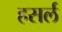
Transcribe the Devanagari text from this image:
हसर्ल